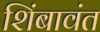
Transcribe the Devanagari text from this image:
शिंबावंत